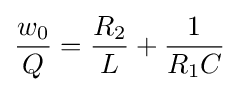
{\frac {w_{0}}{Q}}={\frac {R_{2}}{L}}+{\frac {1}{R_{1}C}}